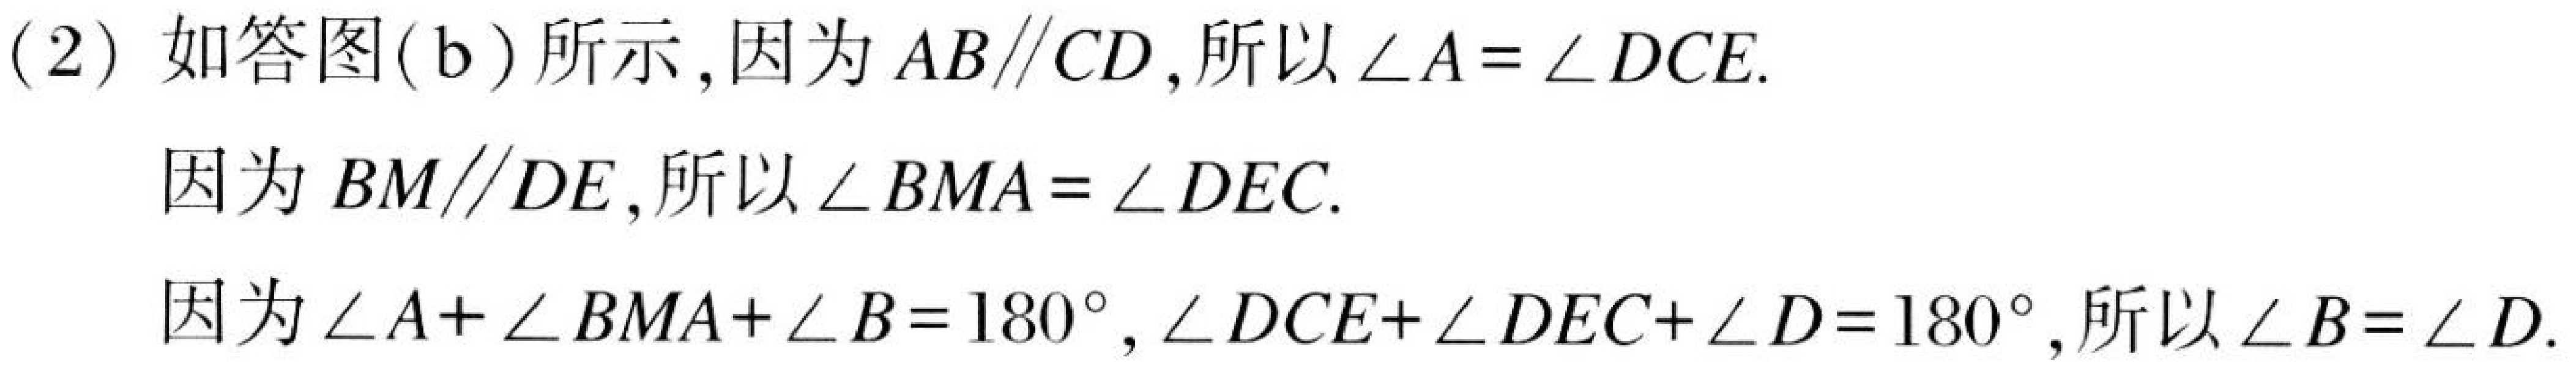
(2) 如答图(b)所示，因为 \(AB\parallel CD\)，所以 \(\angle A=\angle DCE\).
因为 \(BM\parallel DE\)，所以 \(\angle BMA=\angle DEC\).
因为 \(\angle A+\angle BMA+\angle B = 180^{\circ}\)，\(\angle DCE+\angle DEC+\angle D = 180^{\circ}\)，所以 \(\angle B=\angle D\).